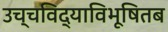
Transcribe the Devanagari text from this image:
उच्चविद्याविभूषितब